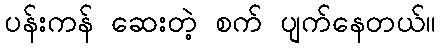
ပန်းကန် ဆေးတဲ့ စက် ပျက်နေတယ်။